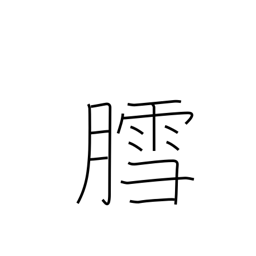
Meaning: snow